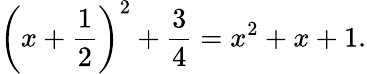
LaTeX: \left(x+{\frac{1}{2}}\right)^{2}+{\frac{3}{4}}=x^{2}+x+1.